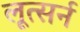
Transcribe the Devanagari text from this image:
लूत्सर्न